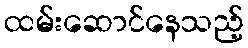
ထမ်းဆောင်နေသည့်